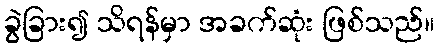
ခွဲခြား၍ သိရန်မှာ အခက်ဆုံး ဖြစ်သည်။